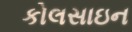
કોલસાઇન